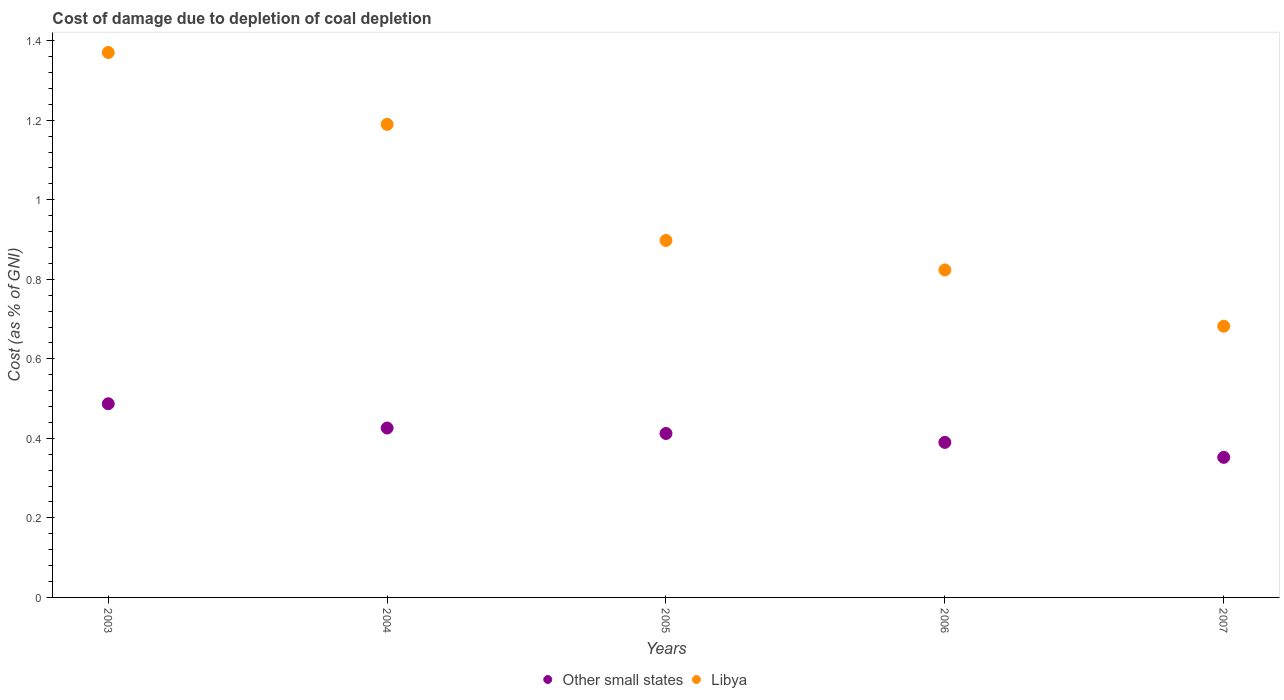
| Years | Other small states | Libya |
 | --- | --- | --- |
 | 2003 | 0.487 | 1.37 |
 | 2004 | 0.426 | 1.19 |
 | 2005 | 0.412 | 0.898 |
 | 2006 | 0.39 | 0.824 |
 | 2007 | 0.352 | 0.682 |